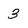
Character: 3